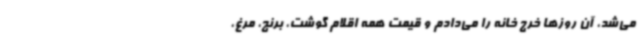
می‌شد، آن روزها خرج خانه را می‌دادم و قیمت همه اقلام گوشت، برنج، مرغ،